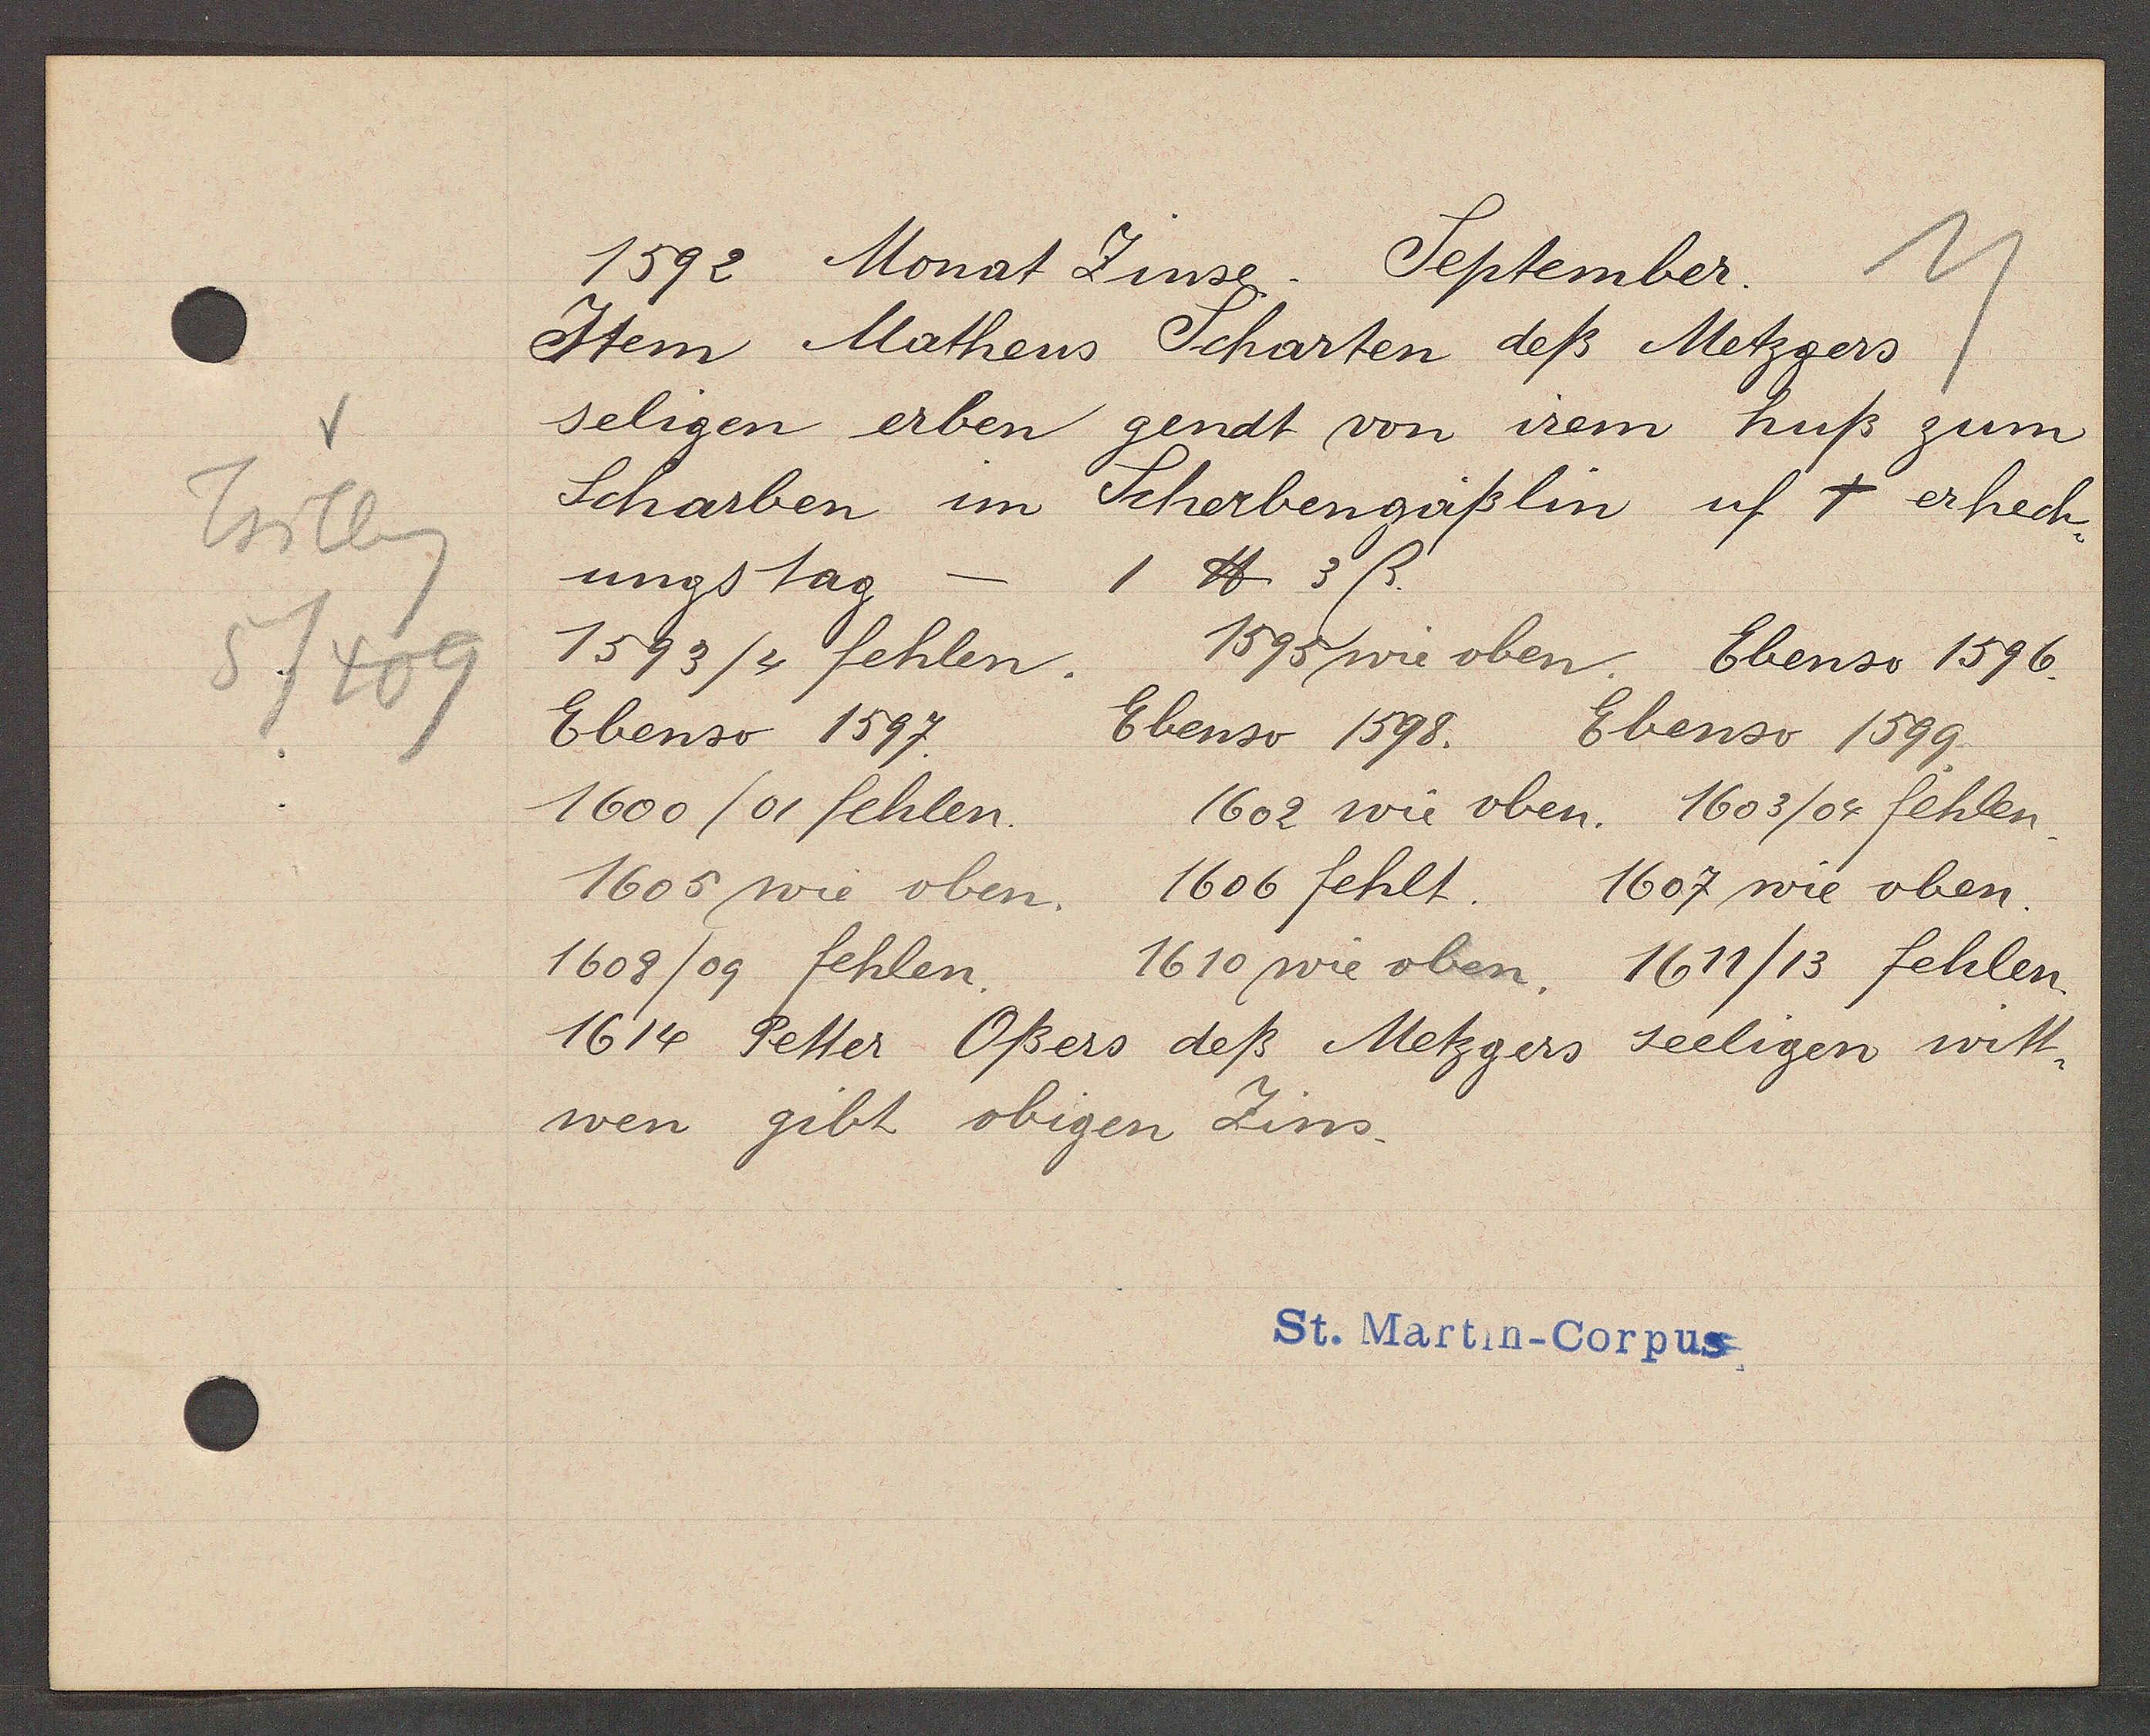
Transcript:
Trilleng
5/409

1592 Monat Zinse. September.

Item Matheus Scharten deß Metzgers
seligen erben gendt von irem huß zum
Scharben im Scherbengässlin uff † erhech¬
ungs tag
1 ℔ 3ß.
1593/4 fehlen.
1595 wie oben.
Ebenso 1596.
Ebenso 1598.
Ebenso 1597.
Ebenso 1599.
1600 /01 fehlen.
1603/04 fehlen.
1602 wie oben.
1605 wie oben.
1606 fehlt.
1607 wie oben.
1608/09 fehlen.
1610 wie oben. 1611/13 fehlen.
1614 Petter Oßers deß Metzgers seeligen witt¬
wen gibt obigen Zins.

St. Martin--Corpus